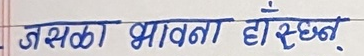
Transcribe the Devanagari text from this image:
जसका भावना होस्।